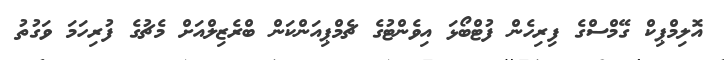
އޮލިމްޕިކް ގޭމްސްގެ ފިރިހެން ފުޓްބޯޅަ އިވެންޓުގެ ޗެމްޕިއަންކަން ބްރެޒިލްއަށް މެޗުގެ ފުރިހަމަ ވަގުތު